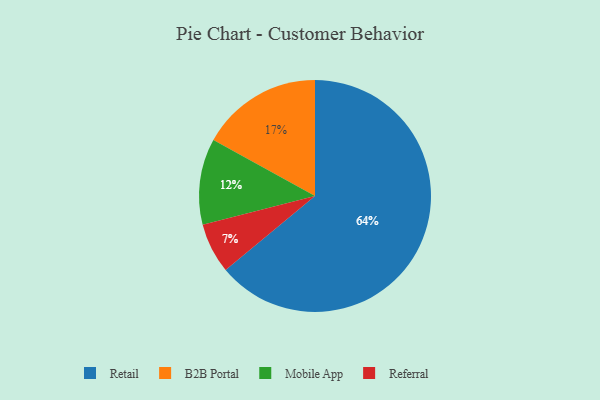
{"axis": {"x": "Category", "y": "Percentage"}, "legend": ["B2B Portal", "Mobile App", "Referral", "Retail"], "data": [{"x": "Retail", "y": 64, "type": "Retail"}, {"x": "Mobile App", "y": 12, "type": "Mobile App"}, {"x": "Referral", "y": 7, "type": "Referral"}, {"x": "B2B Portal", "y": 17, "type": "B2B Portal"}]}